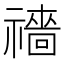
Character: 𥜎